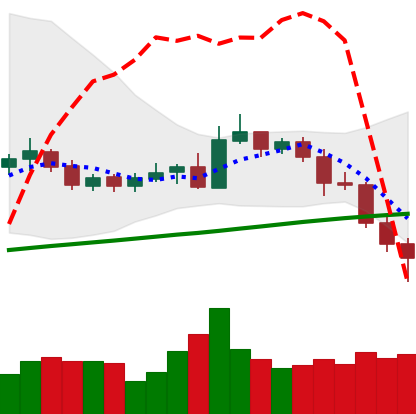
Ticker: NEO-USD
Chart end date: 2020-10-30
Forward return: -5.08%
Label: down_5_7